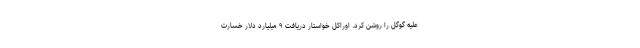
علیه گوگل را روشن کرد. اوراکل خواستار دریافت ۹ میلیارد دلار خسارت